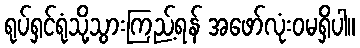
ရုပ်ရှင်ရုံသို့သွားကြည့်ရန် အဖော်လုံးဝမရှိပါ။